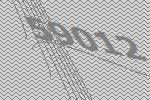
59012